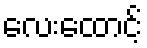
လေးထောင့်